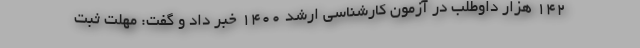
۱۴۲ هزار داوطلب در آزمون کارشناسی ارشد ۱۴۰۰ خبر داد و گفت: مهلت ثبت